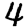
Digit: 4